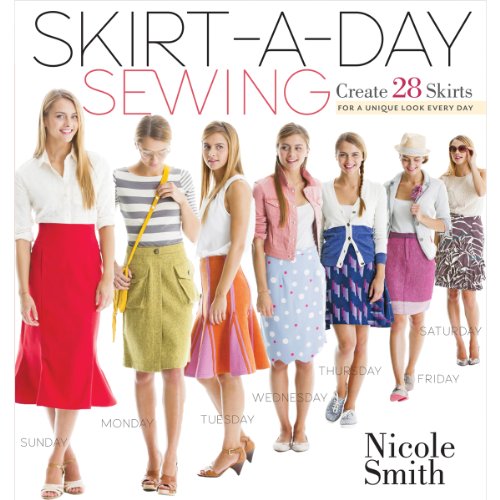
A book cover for Skirt-a-Day Sewing: Create 28 Skirts for a Unique Look Every Day; Nicole Smith; Crafts, Hobbies & Home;